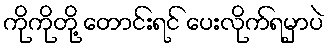
ကိုကိုတို့ တောင်းရင် ပေးလိုက်ရမှာပဲ